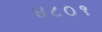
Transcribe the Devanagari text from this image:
४८०१